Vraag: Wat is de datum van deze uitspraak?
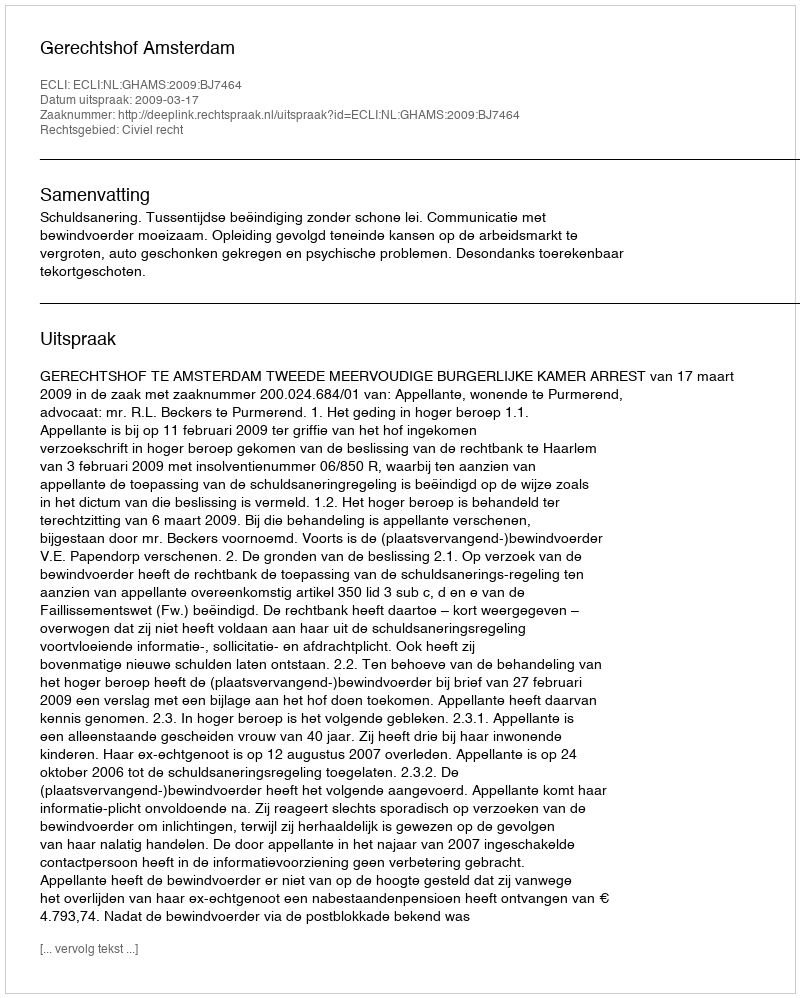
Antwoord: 2009-03-17